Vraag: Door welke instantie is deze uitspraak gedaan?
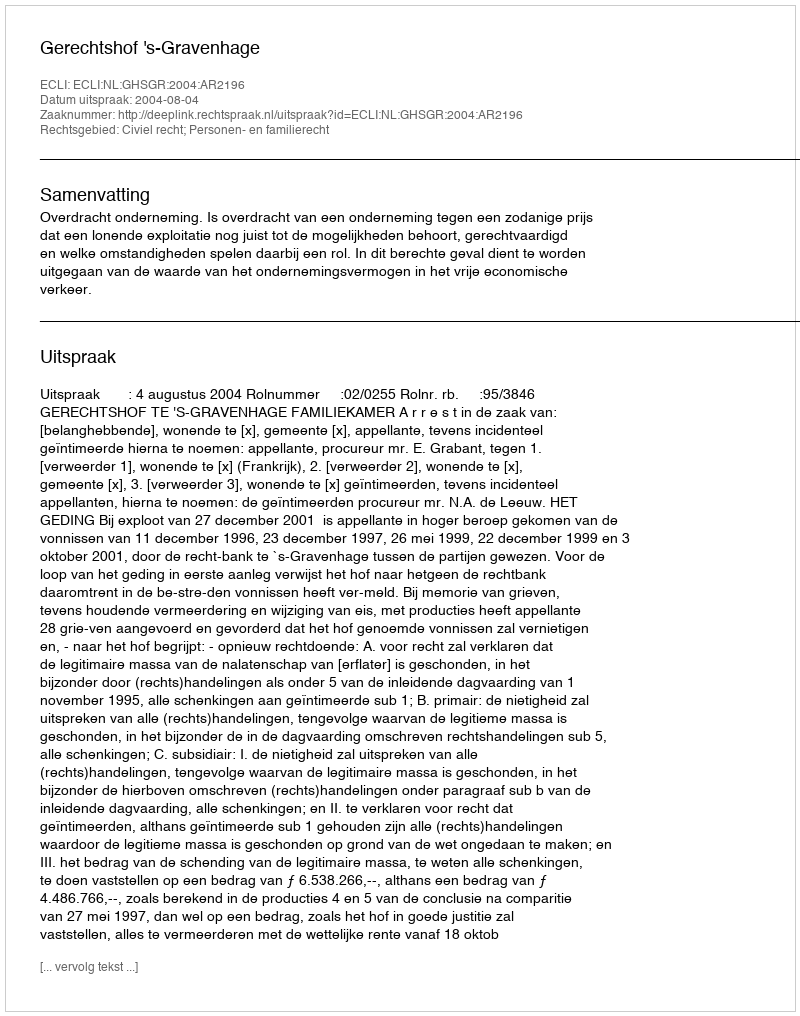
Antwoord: Gerechtshof 's-Gravenhage